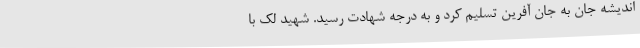
اندیشه جان به جان آفرین تسلیم کرد و به درجه شهادت رسید. شهید لک با